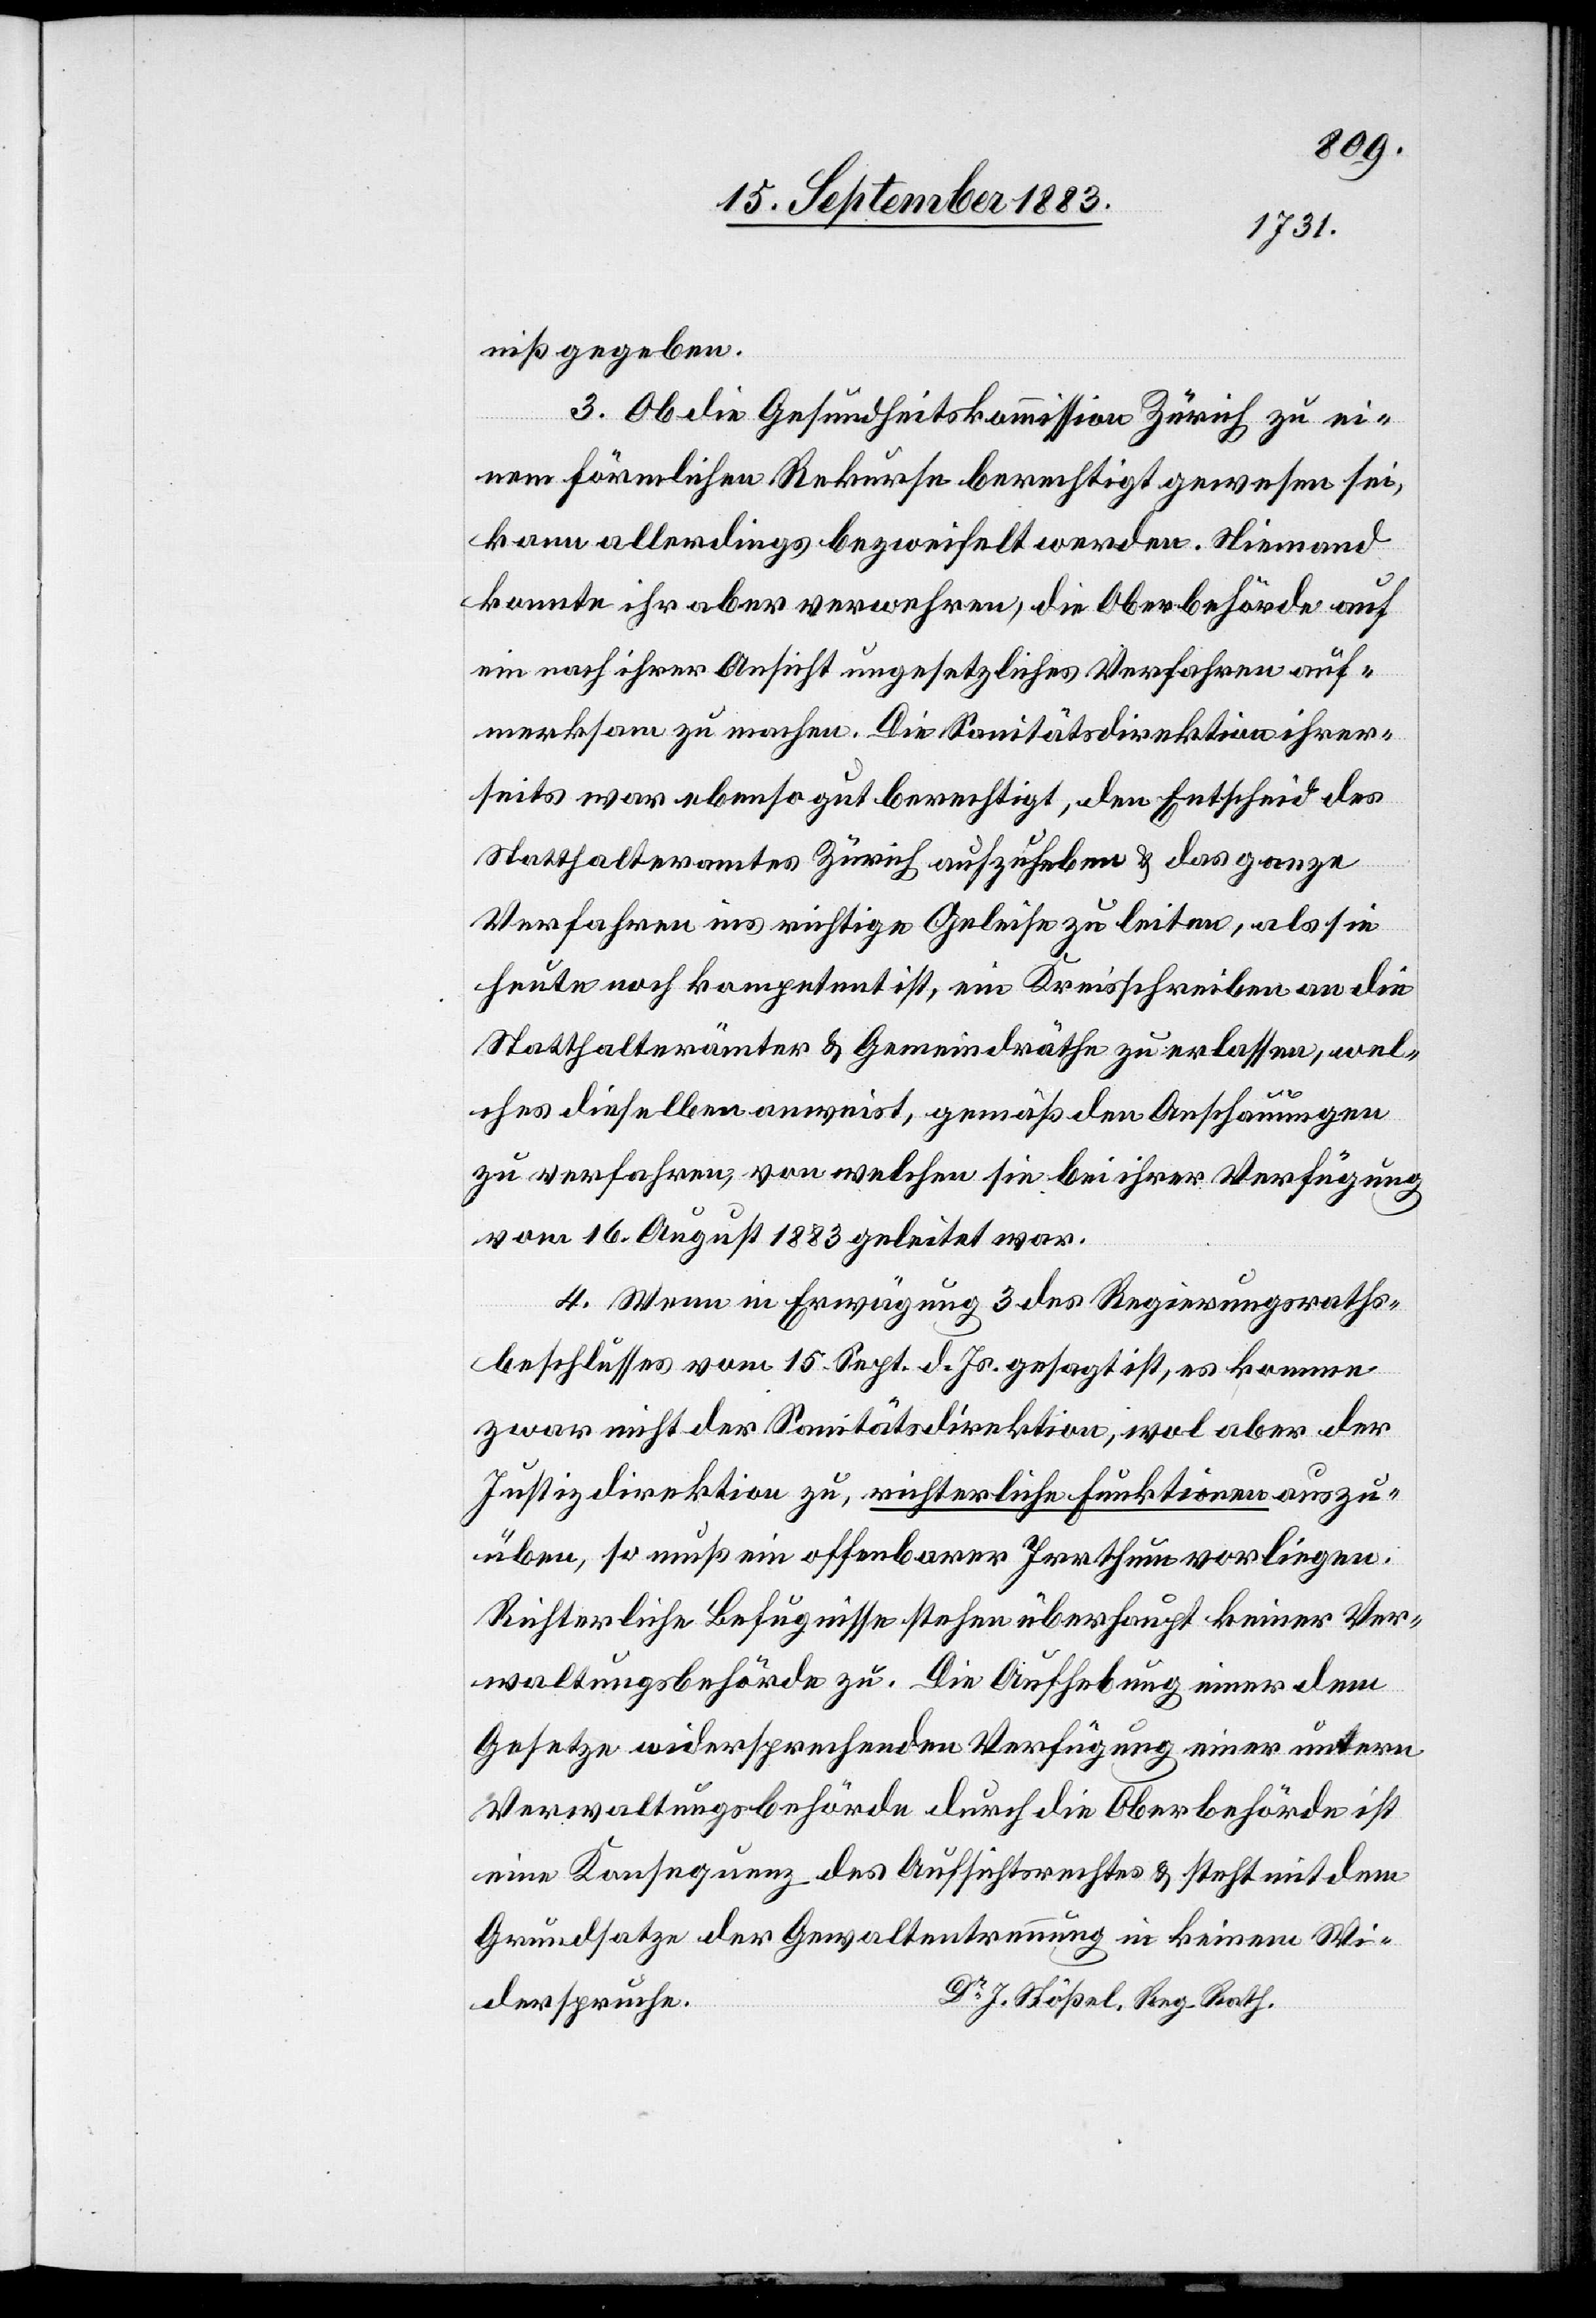
niß gegeben.
3. Ob die Gesundheitskommission Zürich zu ei¬
nem förmlichen Rekurse berechtigt gewesen sei,
kann allerdings bezweifelt werden. Niemand
konnte ihr aber verwehren, die Oberbehörde auf
ein nach ihrer Ansicht ungesetzliches Verfahren auf¬
merksam zu machen. Die Sanitätsdirektion ihrer¬
seits war ebenso gut berechtigt, den Entscheid des
Statthalteramtes Zürich aufzuheben & das ganze
Verfahren ins richtige Geleise zu leiten, als sie
heute noch kompetent ist, ein Kreisschreiben an die
Statthalterämter & Gemeindräthe zu erlassen, wel¬
ches dieselben anweist, gemäß den Anschauungen
zu verfahren, von welchen sie bei ihrer Verfügung
vom 16. August 1883 geleitet war.
4. Wenn in Erwägung 3 des Regierungsraths¬
beschlusses vom 15. Sept. d. Js. gesagt ist, es komme
zwar nicht der Sanitätsdirektion, wol aber der
Justizdirektion zu, richterliche Funktionen auszu¬
üben, so muß ein offenbarer Irrthum vorliegen.
Richterliche Befugnisse stehen überhaupt keiner Ver¬
waltungsbehörde zu. Die Aufhebung einer dem
Gesetze widersprechenden Verfügung einer untern
Verwaltungsbehörde durch die Oberbehörde ist
eine Konsequenz des Aufsichtsrechtes & steht mit dem
Grundsatze der Gewaltentrennung in keinem Wi¬
Dr J. Stößel, Reg. Rath.
derspruche.